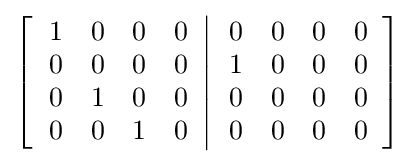
\left[\left.{\begin{array}{cccc}1&0&0&0\\0&0&0&0\\0&1&0&0\\0&0&1&0\end{array}}\right\vert {\begin{array}{cccc}0&0&0&0\\1&0&0&0\\0&0&0&0\\0&0&0&0\end{array}}\right]